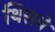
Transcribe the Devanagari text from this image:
थिसबे